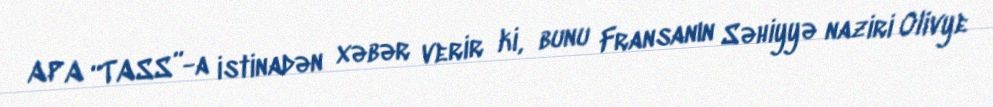
APA “TASS”-a istinadən xəbər verir ki, bunu Fransanın Səhiyyə naziri Olivye